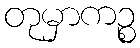
တုမှာကဉ္စ